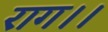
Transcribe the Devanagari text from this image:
राग।।